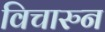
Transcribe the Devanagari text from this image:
विचारुन